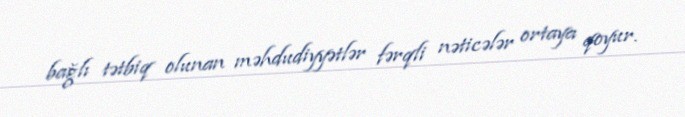
bağlı tətbiq olunan məhdudiyyətlər fərqli nəticələr ortaya qoyur.